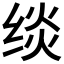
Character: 𰬧